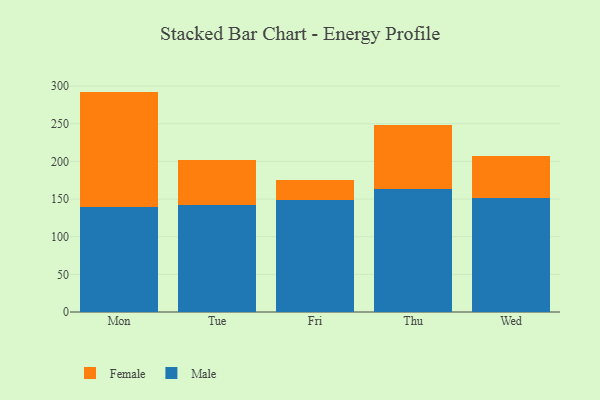
{"axis": {"x": "Day", "y": "LTV (USD)"}, "legend": ["Female", "Male"], "data": [{"x": "Mon", "y": 139.3, "type": "Male"}, {"x": "Mon", "y": 153.4, "type": "Female"}, {"x": "Tue", "y": 141.8, "type": "Male"}, {"x": "Tue", "y": 60.0, "type": "Female"}, {"x": "Fri", "y": 148.4, "type": "Male"}, {"x": "Fri", "y": 27.1, "type": "Female"}, {"x": "Thu", "y": 163.3, "type": "Male"}, {"x": "Thu", "y": 84.5, "type": "Female"}, {"x": "Wed", "y": 151.7, "type": "Male"}, {"x": "Wed", "y": 56.0, "type": "Female"}]}